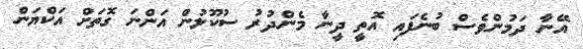
އޭނާ ދަމުންވެސް ބުނެފައި އޮތީ ދީނާ މެންދުރު ސުކޫލުން އަންނަ ގޮތަށް އަކްޔަން